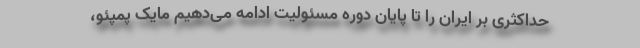
حداکثری بر ایران را تا پایان دوره مسئولیت ادامه می‌دهیم مایک پمپئو،